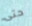
حتى